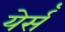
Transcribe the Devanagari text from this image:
येर्सँ